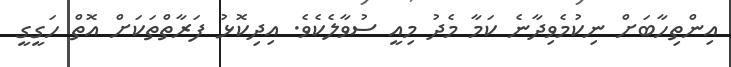
އިންތިހާބަށް ނިކުމެވިދާނެ ކަމާ މެދު މިއީ ސުވާލެކެވެ. އިދިކޮޅު ފަރާތްތަކަށް އޮތް ހަގީގީ